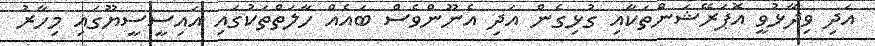
އަދި ވިދާޅުވީ އޮޕަރޭޝަންތަކާއި ގުޅިގެން އަދި އެނޫންވެސް ބައެއް ހާލަތްތަކުގައި އައިސީސީޔޫގައި މިހާރު